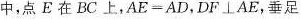
中，点E在BC上，AE=AD，DF⊥AE，垂足